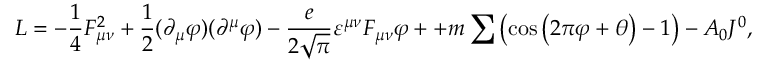
{ \cal L } = - \frac { 1 } { 4 } F _ { \mu \nu } ^ { 2 } + \frac { 1 } { 2 } ( \partial _ { \mu } \varphi ) ( \partial ^ { \mu } \varphi ) - \frac { e } { { 2 \sqrt \pi } } \varepsilon ^ { \mu \nu } F _ { \mu \nu } \varphi + + m \sum \left( { \cos \left( { 2 \pi \varphi + \theta } \right) - 1 } \right) - A _ { 0 } J ^ { 0 } ,